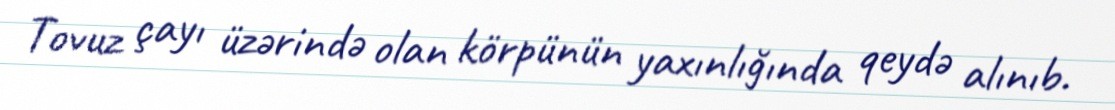
Tovuz çayı üzərində olan körpünün yaxınlığında qeydə alınıb.